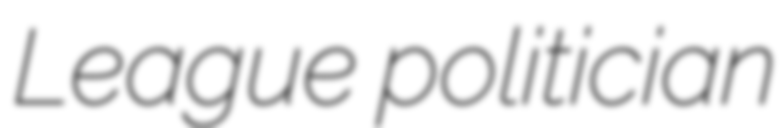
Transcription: League politician